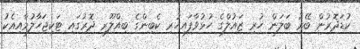
ކުޑަދޮރުން ބޭރު ބަލަން ހުރި ޒައުލްގެ ހުޅުވާފައިހުރި ކެބިންގެ ބިއްލޫރި ދޮރުގައި ޓަކިޖަހާލުމާއިއެކު